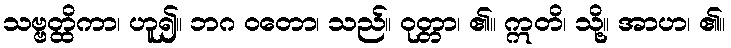
သဗ္ဗတ္ထိကာ၊ ဟူ၍။ ဘဂ ဝတော၊ သည်။ ဝုတ္တာ၊ ၏။ ဣတိ၊ သို့။ အာဟ၊ ၏။